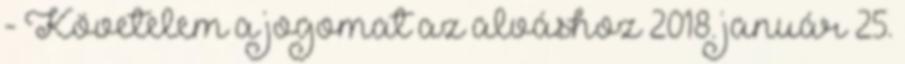
- Követelem a jogomat az alváshoz 2018. január 25.